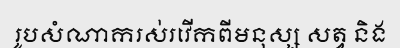
រូបសំណាករស់រវើកពីមនុស្ស សត្វ និង